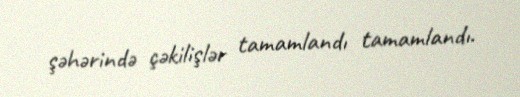
şəhərində çəkilişlər tamamlandı tamamlandı.